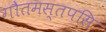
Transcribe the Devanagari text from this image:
गौतमस्तपसि